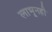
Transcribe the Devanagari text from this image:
लाभूनही